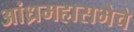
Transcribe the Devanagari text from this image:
आंध्रमहासभेचे